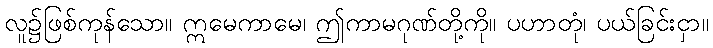
လူ၌ဖြစ်ကုန်သော။ ဣမေကာမေ၊ ဤကာမဂုဏ်တို့ကို။ ပဟာတုံ၊ ပယ်ခြင်းငှာ။